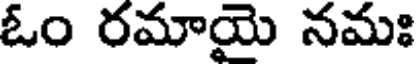
ఓం రమాయై నమః